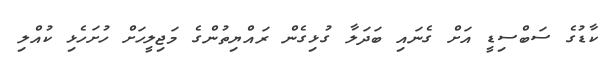
ކާޑުގެ ސަބްސިޑީ އަށް ގެނައި ބަދަލާ ގުޅިގެން ރައްޔިތުންގެ މަޖިލީހަށް ހުށަހެޅި ކުއްލި